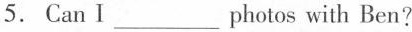
5. Can Ⅰ___photos with Ben?